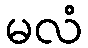
မလံ